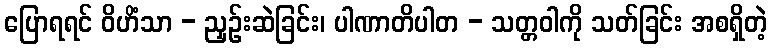
ပြောရရင် ဝိဟိံသာ - ညှဉ်းဆဲခြင်း၊ ပါဏာတိပါတ - သတ္တဝါကို သတ်ခြင်း အစရှိတဲ့